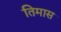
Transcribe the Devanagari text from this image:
तिमास